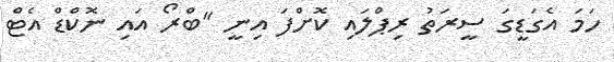
ހަމަ އެގަޑީގަ ސީރަތު ރިޕްލައި ކޮށްފަ އިނީ "ބްރޯ އައި ނޮކްޑް އެޓް